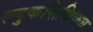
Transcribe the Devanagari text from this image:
ल्युकसिविक्ज